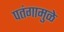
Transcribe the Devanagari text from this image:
पतंगामुळे